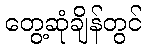
တွေ့ဆုံချိန်တွင်